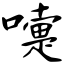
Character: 嚏